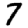
Digit: 7